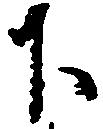
下